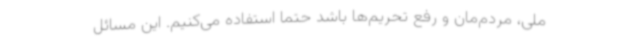
ملی، مردم‌مان و رفع تحریم‌ها باشد حتما استفاده می‌کنیم. این مسائل